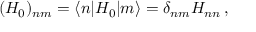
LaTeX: ( H _ { 0 } ) _ { n m } = \langle n | H _ { 0 } | m \rangle = \delta _ { n m } H _ { n n } \, ,